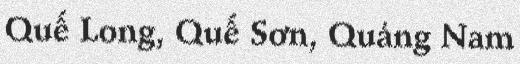
Quế Long, Quế Sơn, Quảng Nam